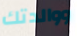
ووالدتك